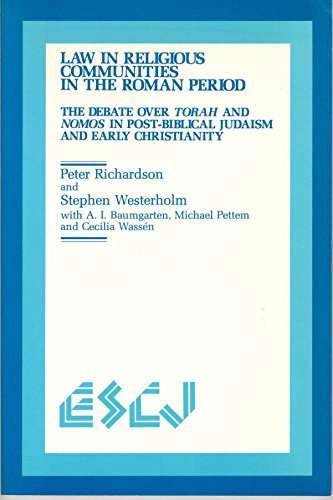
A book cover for Law in Religious Communities in the Roman Period: The Debate over Torah and Nomos in Post-Biblical Judaism and Early Christianity (Studies in Christianity and Judaism); Peter Richardson; Religion & Spirituality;